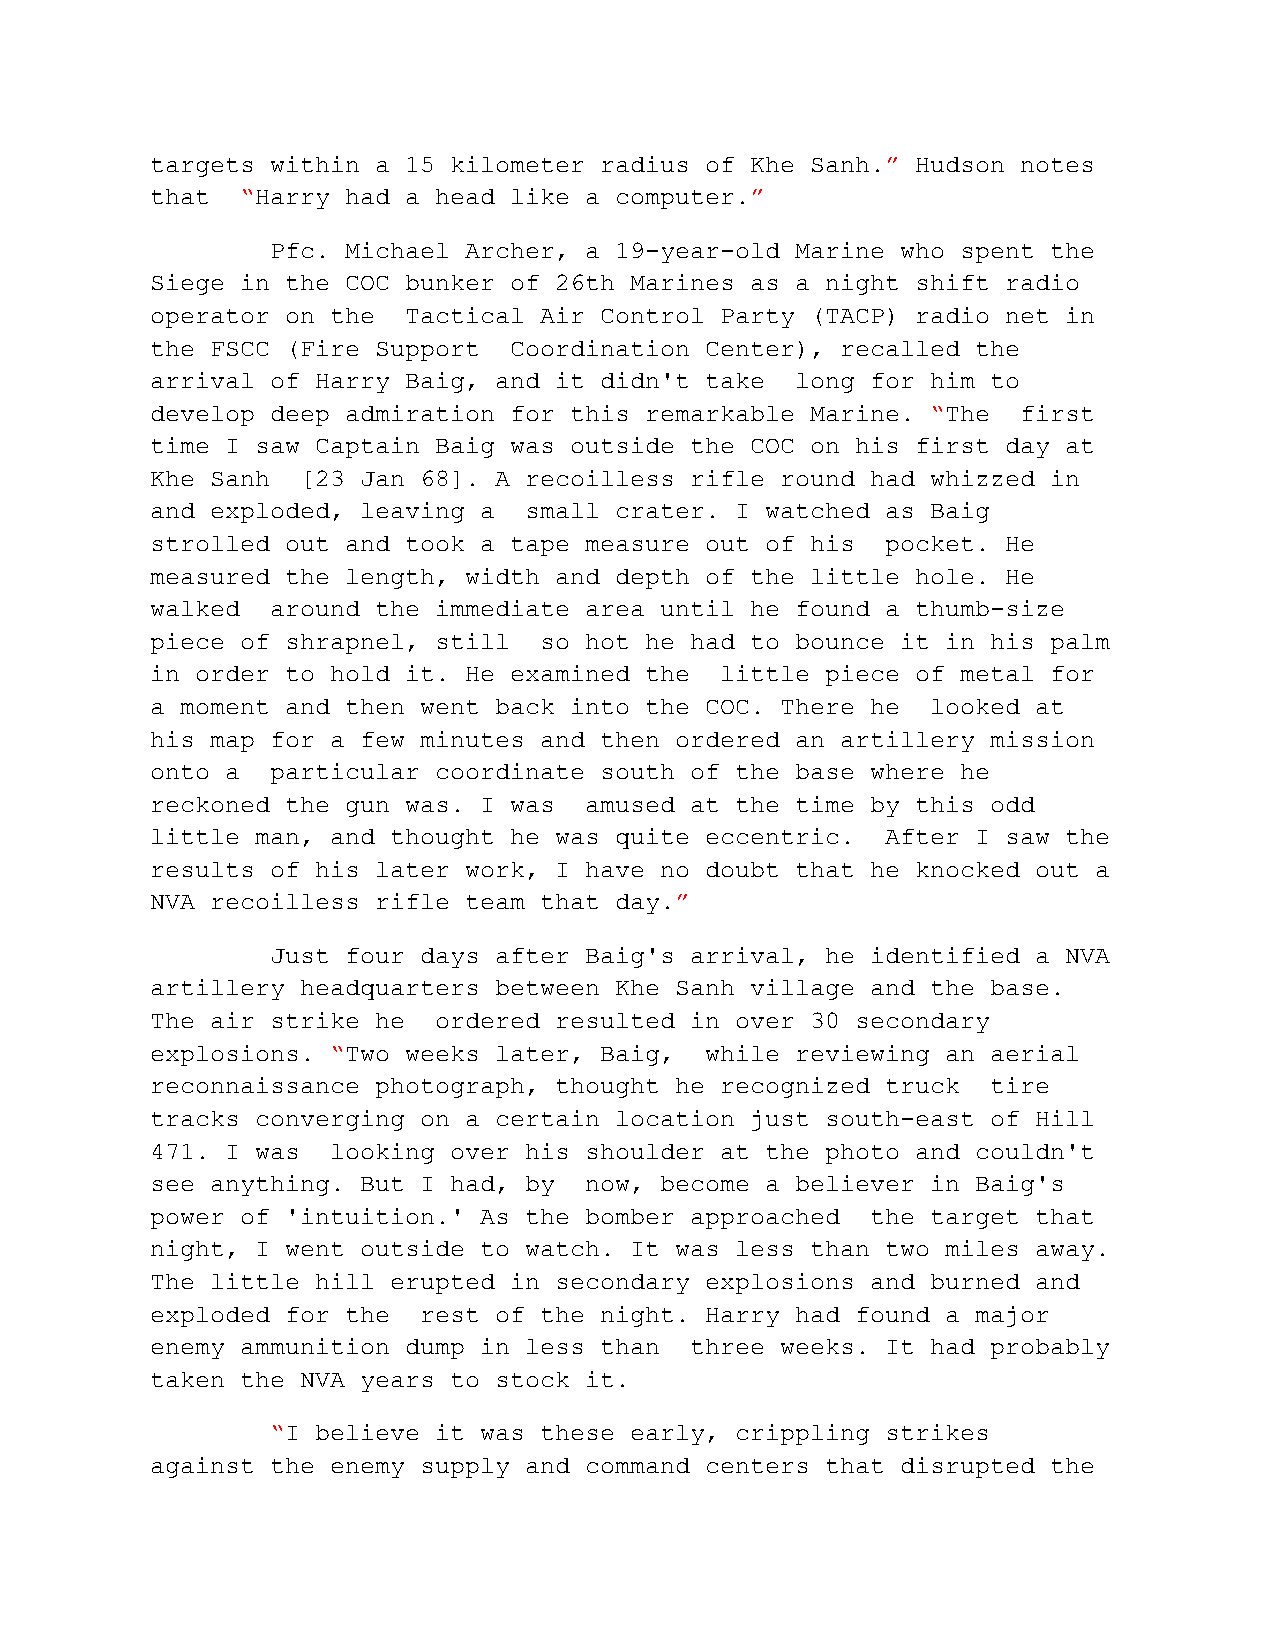
targets within a 15 kilometer radius of Khe Sanh.” Hudson notes
 that  “Harry had a head like a computer.”
 Pfc. Michael Archer, a 19-year-old Marine who spent the
 Siege in the COC bunker of 26th Marines as a night shift radio
 operator on the  Tactical Air Control Party (TACP) radio net in
 the FSCC (Fire Support  Coordination Center), recalled the
 arrival of Harry Baig, and it didn't take  long for him to
 develop deep admiration for this remarkable Marine. “The  first
 time I saw Captain Baig was outside the COC on his first day at
 Khe Sanh  [23 Jan 68]. A recoilless rifle round had whizzed in
 and exploded, leaving a  small crater. I watched as Baig
 strolled out and took a tape measure out of his  pocket. He
 measured the length, width and depth of the little hole. He
 walked  around the immediate area until he found a thumb-size
 piece of shrapnel, still  so hot he had to bounce it in his palm
 in order to hold it. He examined the  little piece of metal for
 a moment and then went back into the COC. There he  looked at
 his map for a few minutes and then ordered an artillery mission
 onto a  particular coordinate south of the base where he
 reckoned the gun was. I was  amused at the time by this odd
 little man, and thought he was quite eccentric.  After I saw the
 results of his later work, I have no doubt that he knocked out a
 NVA recoilless rifle team that day.”
 Just four days after Baig's arrival, he identified a NVA
 artillery headquarters between Khe Sanh village and the base.
 The air strike he  ordered resulted in over 30 secondary
 explosions. “Two weeks later, Baig,  while reviewing an aerial
 reconnaissance photograph, thought he recognized truck  tire
 tracks converging on a certain location just south-east of Hill
 471. I was  looking over his shoulder at the photo and couldn't
 see anything. But I had, by  now, become a believer in Baig's
 power of 'intuition.' As the bomber approached  the target that
 night, I went outside to watch. It was less than two miles away.
 The little hill erupted in secondary explosions and burned and
 exploded for the  rest of the night. Harry had found a major
 enemy ammunition dump in less than  three weeks. It had probably
 taken the NVA years to stock it.
 “I believe it was these early, crippling strikes
 against the enemy supply and command centers that disrupted the